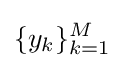
\{y_{k}\}_{k=1}^{M}